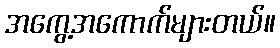
အကွေ့အကောက်များတယ်။